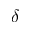
\delta